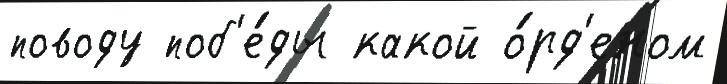
поводу поб'е́ды какой о́рд'еном